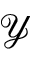
\mathcal { Y }